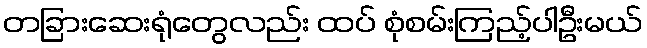
တခြားဆေးရုံတွေလည်း ထပ် စုံစမ်းကြည့်ပါဦးမယ်